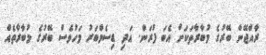
ރާއްޖޭން ބޭރުގެ މުބާރާތަކަށް އެބަ ފުރަން. އަދި ޑިސެމްބަރު މަހުވެސް ބޭރުގެ މުބާރާތެއް